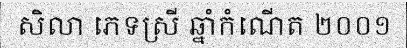
សិលា ភេទស្រី ឆ្នាំកំណើត ២០០១